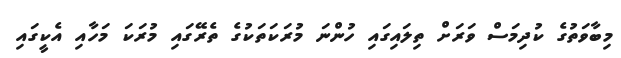
މިބާވަތުގެ ކުދިމަސް ވަރަށް ތިލައިގައި ހުންނަ މުރަކަތަކުގެ ތެރޭގައި މުރަކަ މަހާއި އެކީގައި